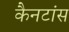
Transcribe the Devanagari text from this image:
कैनटांस